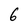
Character: 6